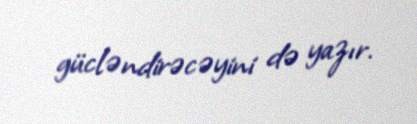
gücləndirəcəyini də yazır.